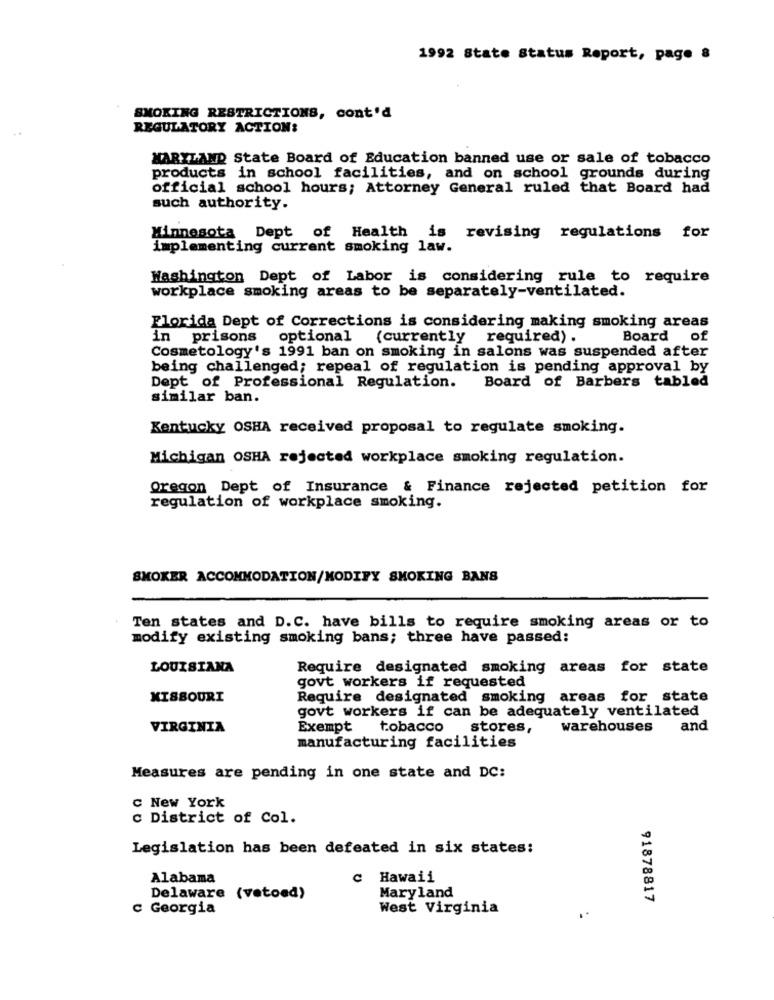
1992 State Status Report, page &
SMOKING RESTRICTIONS, cont'd
REGULATORY ACTION:
MARYLAND State Board of Education banned use or sale of tobacco
products in school facilities, and on school grounds during
official school hours; Attorney General ruled that Board had
such authority.
Minnesota Dept of Health is revising regulations for
implementing current smoking law.
Washington Dept of Labor is considering rule to require
workplace smoking areas to be separately-ventilated.
Florida Dept of Corrections is considering making smoking areas
in prisons optional (currently required).
Board of
Cosmetology's 1991 ban on smoking in salons was suspended after
being challenged; repeal of regulation is pending approval by
Dept of Professional Regulation. Board of Barbers tabled
similar ban.
Kentucky OSHA received proposal to regulate smoking.
Michigan OSHA rejected workplace smoking regulation.
Oregon Dept of Insurance & Finance rejected petition for
regulation of workplace smoking.
SMOKER ACCOMMODATION/MODIFY SMOKING BANS
Ten states and D.C. have bills to require smoking areas or to
modify existing smoking bans; three have passed:
LOUISIANA
Require designated smoking areas for state
govt workers if requested
MISSOURI
Require designated smoking areas for state
govt workers if can be adequately ventilated
VIRGINIA
Exempt
tobacco stores,
warehouses
and
manufacturing facilities
Measures are pending in one state and DC:
c New York
c District of Col.
Legislation has been defeated in six states:
Alabama
c Hawaii
Maryland
Delaware (vetoed)
91878817
c Georgia
West Virginia